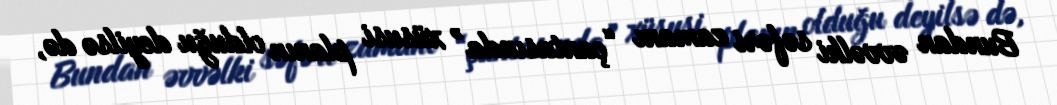
Bundan əvvəlki səfəri zamanı “çantasında” xüsusi planın olduğu deyilsə də,